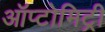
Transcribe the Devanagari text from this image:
ऑप्टोमिट्री